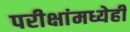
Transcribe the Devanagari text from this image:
परीक्षांमध्येही